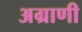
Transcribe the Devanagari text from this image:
अग्राणी